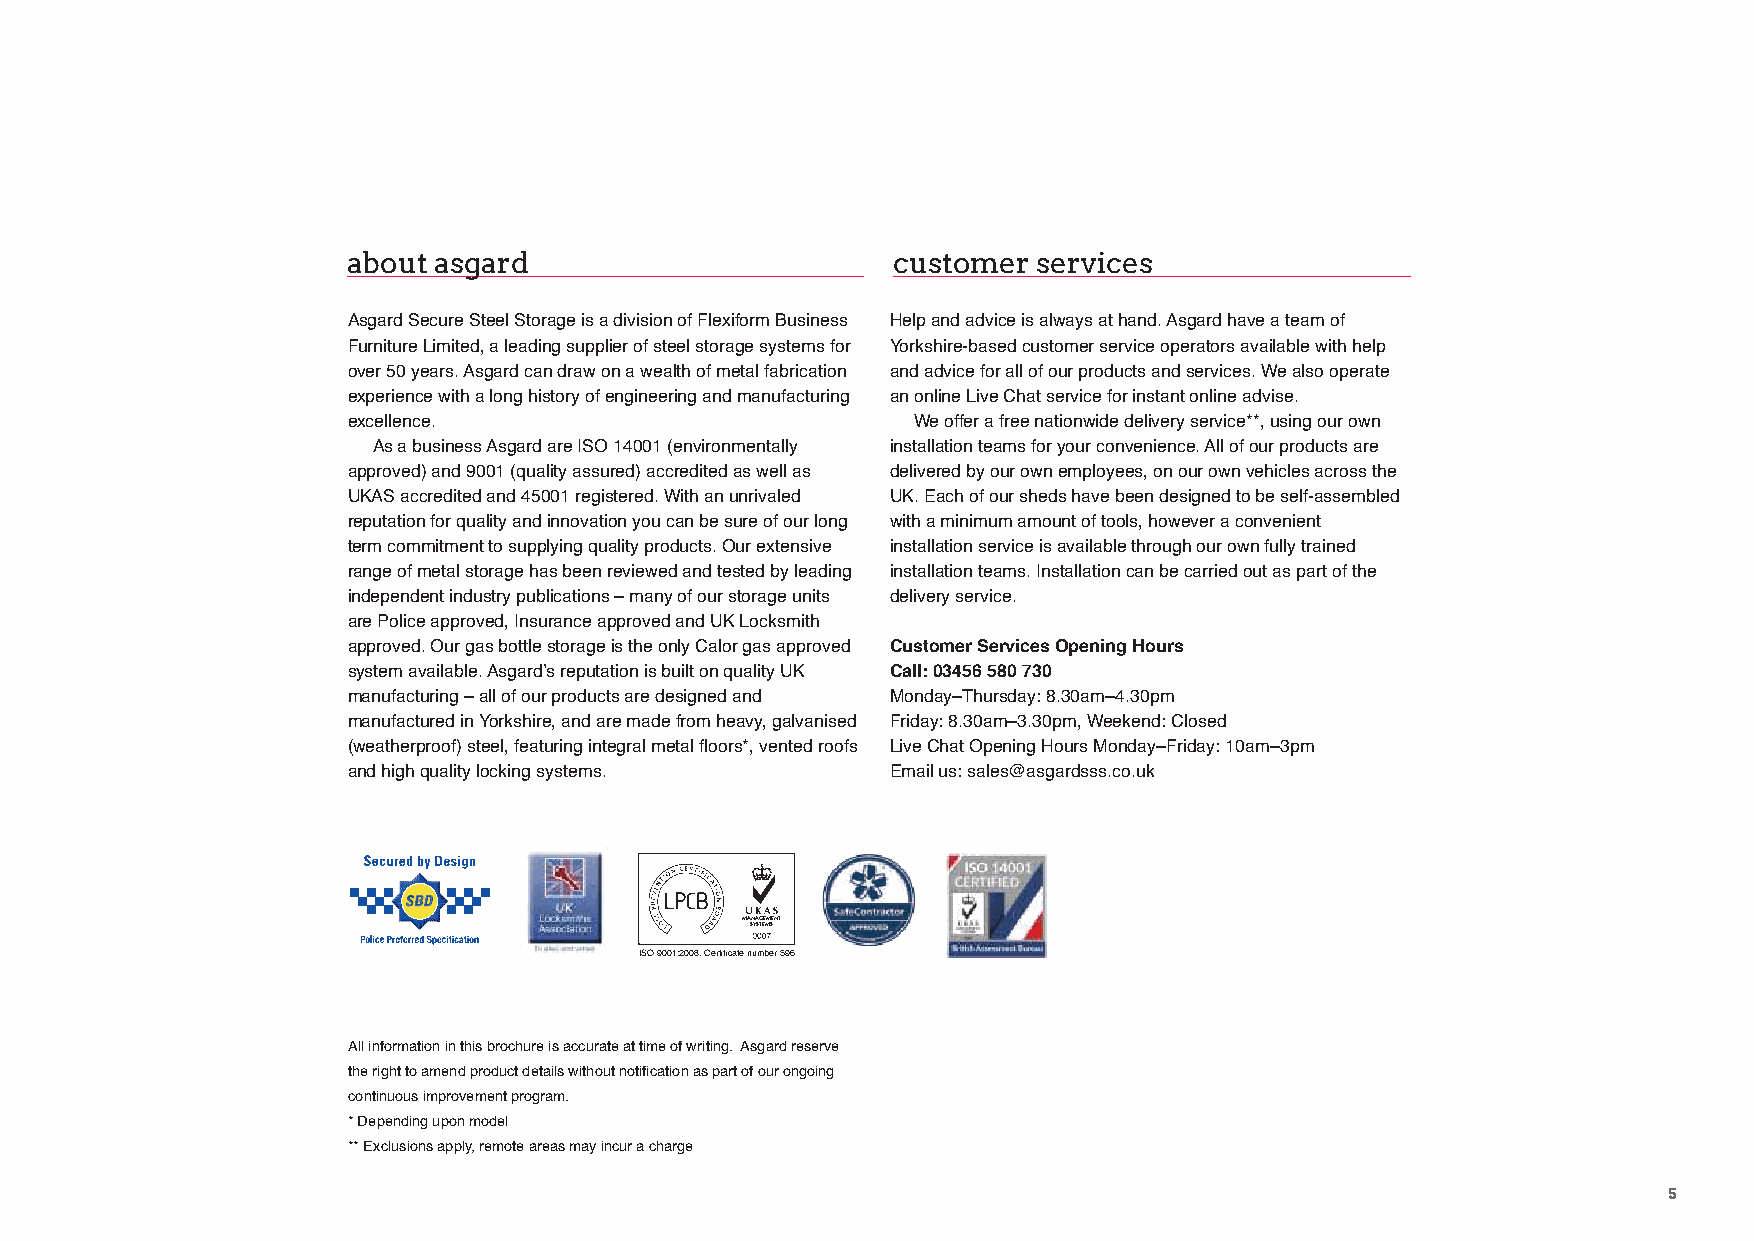
about asgard                        customer  services
 Asgard Secure Steel Storage is a division of Flexiform Business Help and advice is always at hand. Asgard have a team of
 Furniture Limited, a leading supplier of steel storage systems for Yorkshire-based customer service operators available with help
 over 50 years. Asgard can draw on a wealth of metal fabrication and advice for all of our products and services. We also operate
 experience with a long history of engineering and manufacturing an online Live Chat service for instant online advise.
 excellence.                           We offer a free nationwide delivery service**, using our own
 As a business Asgard are ISO 14001 (environmentally installation teams for your convenience. All of our products are
 approved) and 9001 (quality assured) accredited as well as delivered by our own employees, on our own vehicles across the
 UKAS accredited and 45001 registered. With an unrivaled UK. Each of our sheds have been designed to be self-assembled
 reputation for quality and innovation you can be sure of our long with a minimum amount of tools, however a convenient
 term commitment to supplying quality products. Our extensive installation service is available through our own fully trained
 range of metal storage has been reviewed and tested by leading installation teams. Installation can be carried out as part of the
 independent industry publications – many of our storage units delivery service.
 are Police approved, Insurance approved and UK Locksmith
 approved. Our gas bottle storage is the only Calor gas approved Customer Services Opening Hours
 system available. Asgard’s reputation is built on quality UK Call: 03456 580 730
 manufacturing – all of our products are designed and Monday–Thursday: 8.30am–4.30pm
 manufactured in Yorkshire, and are made from heavy, galvanised Friday: 8.30am–3.30pm, Weekend: Closed
 (weatherproof) steel, featuring integral metal floors*, vented roofs Live Chat Opening Hours Monday–Friday: 10am–3pm
 and high quality locking systems.   Email us: sales@asgardsss.co.uk
 MASNYASGTEEMMSENT
 ISO 9001:2008. Certificate number 596
 All information in this brochure is accurate at time of writing. Asgard reserve
 the right to amend product details without notification as part of our ongoing
 continuous improvement program.
 * Depending upon model
 ** Exclusions apply, remote areas may incur a charge
 5